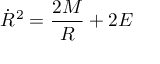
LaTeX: { \dot { R } } ^ { 2 } = { \frac { 2 M } { R } } + 2 E